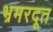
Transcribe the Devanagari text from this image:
भ्रमरदूत